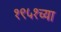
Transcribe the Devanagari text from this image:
१९५१च्या